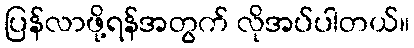
ပြန်လာဖို့ရန်အတွက် လိုအပ်ပါတယ်။